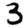
Digit: 3